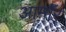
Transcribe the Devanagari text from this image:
आर्माॅर